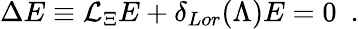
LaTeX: \Delta E\equiv{\cal L}_{\Xi}E+\delta_{Lor}(\Lambda)E=0\ \ .